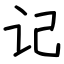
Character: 记